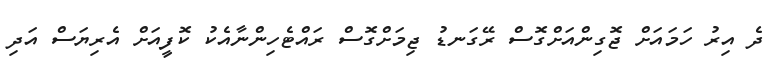
ދެ އިރު ހަމައަށް ޖޮގިންއަށްގޮސް ރޭގަނޑު ޖިމަށްގޮސް ރައްޓެހިންނާއެކު ކޮފީއަށް އެރިޔަސް އަދި